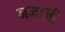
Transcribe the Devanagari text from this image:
नमाज़ी